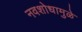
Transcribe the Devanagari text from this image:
नवशोधामुळे